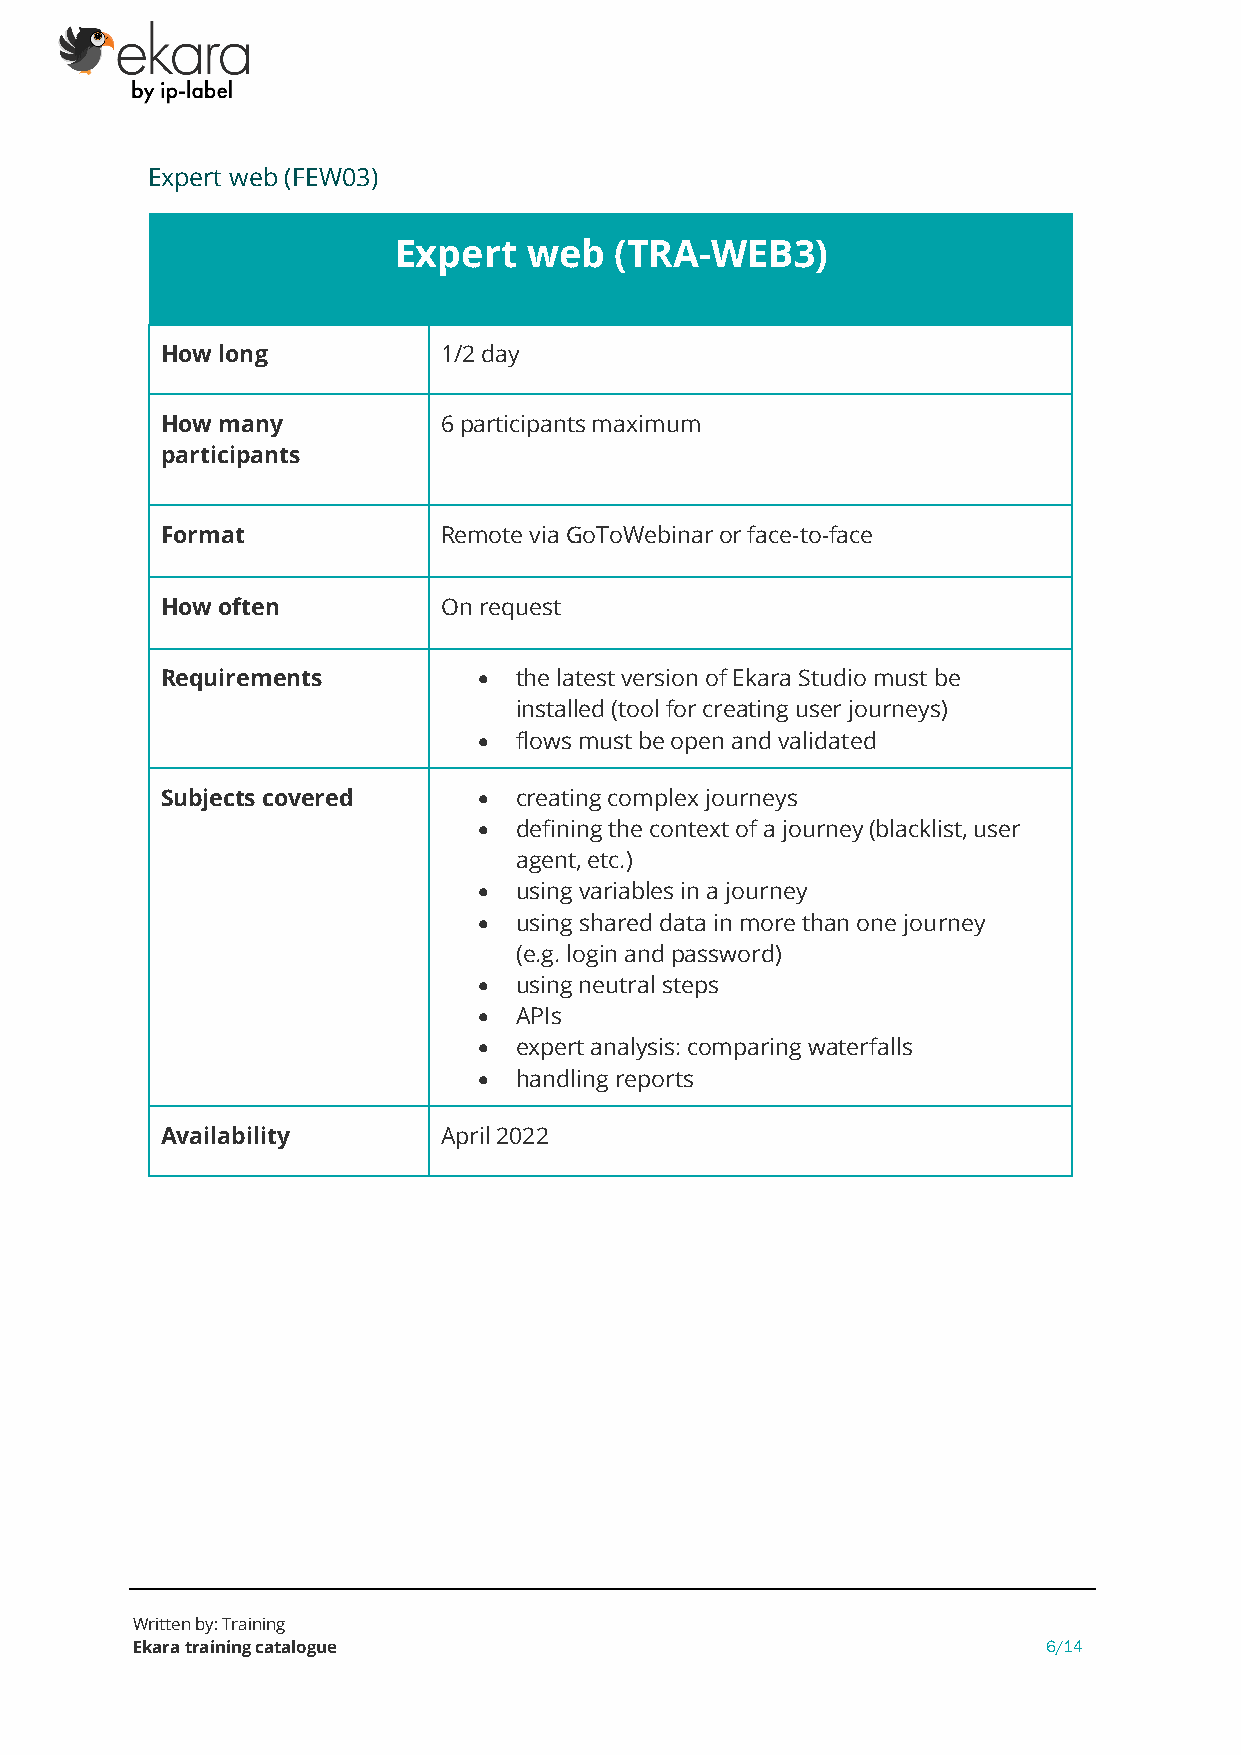
Expert web (FEW03)
 Expert   web   (TRA-WEB3)
 How long          1/2 day
 How many          6 participants maximum
 participants
 Format            Remote via GoToWebinar or face-to-face
 How often         On request
 Requirements         • the latest version of Ekara Studio must be
 installed (tool for creating user journeys)
 • flows must be open and validated
 Subjects covered     • creating complex journeys
 • defining the context of a journey (blacklist, user
 agent, etc.)
 • using variables in a journey
 • using shared data in more than one journey
 (e.g. login and password)
 • using neutral steps
 • APIs
 • expert analysis: comparing waterfalls
 • handling reports
 Availability      April 2022
 Written by: Training
 Ekara training catalogue                                    6/14